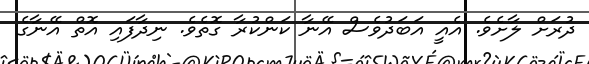
ދުރަށް ލާށެވެ. އެއީ އަބަދުވެސް އޭނާ ކަންކުރާ ގޮތެވެ. ނިދާފައި އޮތް އޭނާގެ